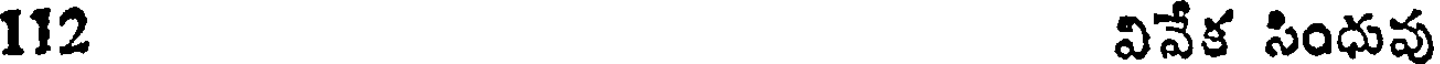
112 వివేక సింధువు